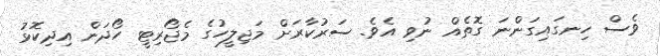
ވެސް ހިނގައިގަންނަ ގޮތެއް ނުވި އެވެ. ސަރުކާރަށް މަޖިލީހުގެ މެޖޯރިޓީ ހޯދަން އިދިކޮޅު